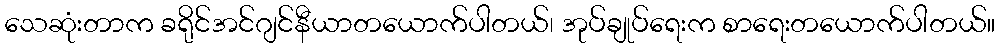
သေဆုံးတာက ခရိုင်အင်ဂျင်နီယာတယောက်ပါတယ်၊ အုပ်ချုပ်ရေးက စာရေးတယောက်ပါတယ်။